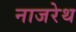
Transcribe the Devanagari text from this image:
नाजरेथ